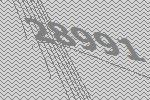
28991